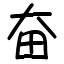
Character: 奋